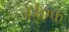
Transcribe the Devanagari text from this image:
जेईएफ